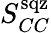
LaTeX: S_{CC}^{\mathrm{sqz}}